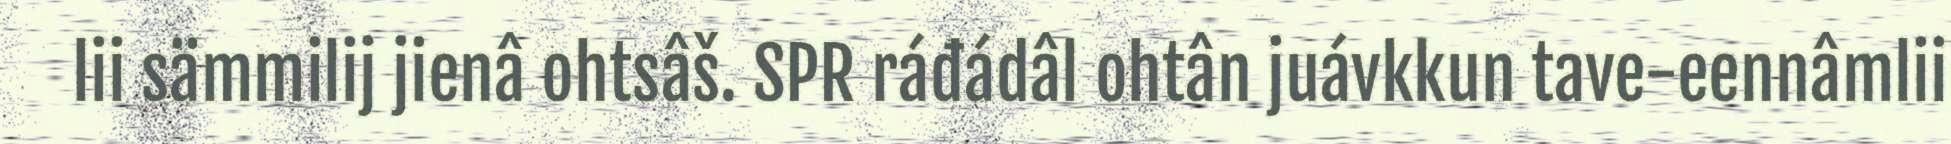
lii sämmilij jienâ ohtsâš. SPR ráđádâl ohtân juávkkun tave-eennâmlii